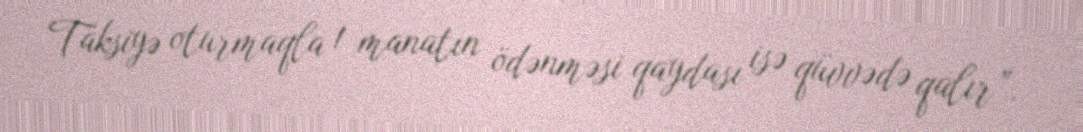
Taksiyə oturmaqla 1 manatın ödənməsi qaydası isə qüvvədə qalır”.